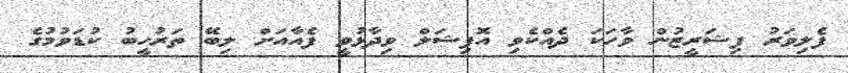
ފެލިވަރު ފިޝަރީޒުން ވާހަކަ ދެއްކެވި އޮފިޝަލް ވިދާޅުވީ ފެއާއަށް ލިބޭ ތަރުހީބު ކުޑަވުމުގެ